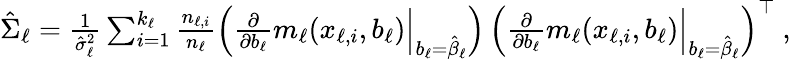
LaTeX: \begin{array}{r}{\hat{\Sigma}_{\ell}=\frac{1}{\hat{\sigma}_{\ell}^{2}}\sum_{i=1}^{k_{\ell}}{\frac{n_{\ell,i}}{n_{\ell}}}\Big(\frac{\partial}{\partial b_{\ell}}{m}_{\ell}(x_{\ell,i},b_{\ell})\Big|_{b_{\ell}=\hat{\beta}_{\ell}}\Big)\thinspace\Big(\frac{\partial}{\partial b_{\ell}}{m}_{\ell}(x_{\ell,i},b_{\ell})\Big|_{b_{\ell}=\hat{\beta}_{\ell}}\Big)^{\top}~,}\end{array}